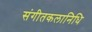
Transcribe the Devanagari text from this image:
संगीतकलानिधि